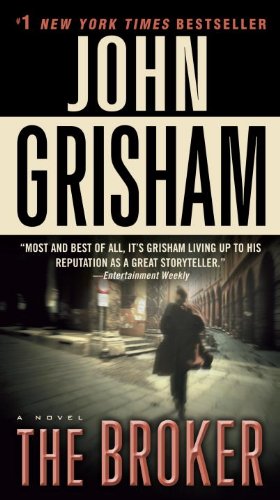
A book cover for The Broker: A Novel; John Grisham; Mystery, Thriller & Suspense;